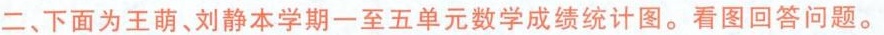
二、下面为王萌、刘静本学期一至五单元数学成绩统计图。看图回答问题。